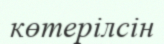
көтерілсін